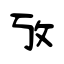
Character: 攷